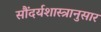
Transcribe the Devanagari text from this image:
सौंदर्यशास्त्रानुसार